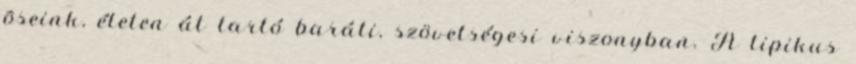
õseink, életen át tartó baráti, szövetségesi viszonyban. A tipikus